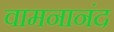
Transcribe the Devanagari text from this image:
वामनानंद